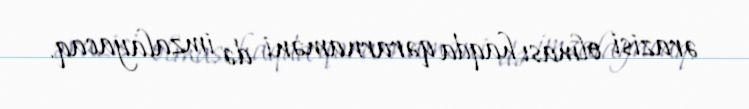
ərazisi olması haqda qərarnaməni də imzalayacaq.